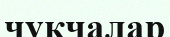
чукчалар